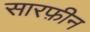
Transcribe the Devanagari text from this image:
सारफ़ीन